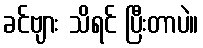
ခင်ဗျား သိရင် ပြီးတာပဲ။